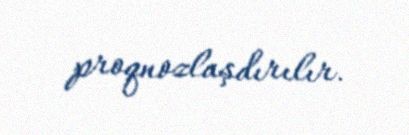
proqnozlaşdırılır.